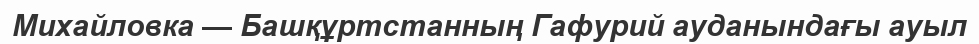
Михайловка — Башқұртстанның Гафурий ауданындағы ауыл